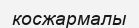
косжармалы